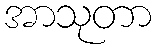
အာသုတာ